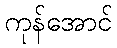
ကုန်အောင်